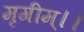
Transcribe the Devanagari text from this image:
मृगीम्।।